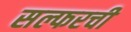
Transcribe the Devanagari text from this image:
सल्फरची